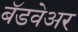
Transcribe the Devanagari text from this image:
बॅडवेअर